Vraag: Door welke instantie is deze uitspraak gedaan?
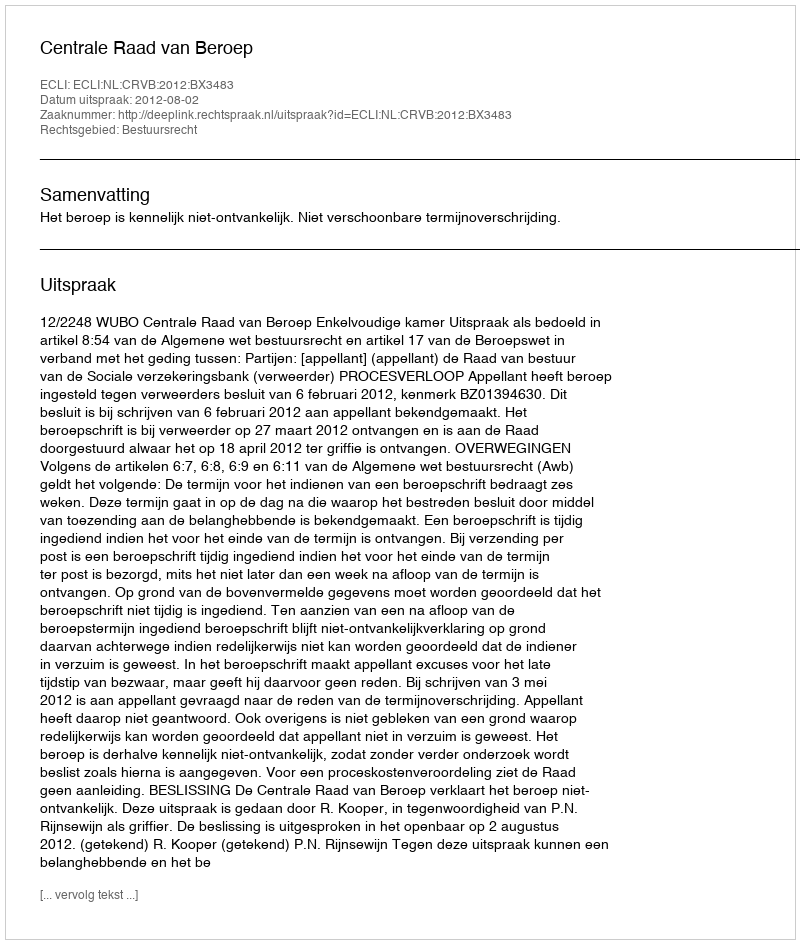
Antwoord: Centrale Raad van Beroep